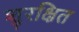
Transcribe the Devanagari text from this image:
शुरक्षित